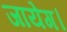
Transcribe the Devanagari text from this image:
जायेग।